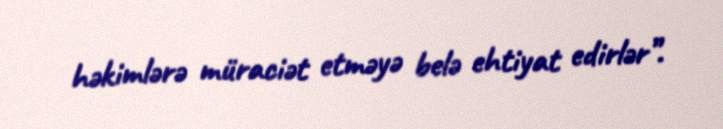
həkimlərə müraciət etməyə belə ehtiyat edirlər”.